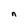
Character: n